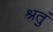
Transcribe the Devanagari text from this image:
श्रतुं